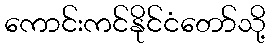
ကောင်းကင်နိုင်ငံတော်သို့